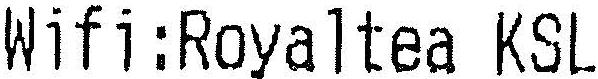
WIFI:ROYALTEA KSL